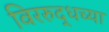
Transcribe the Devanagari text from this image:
विररुद्धच्या